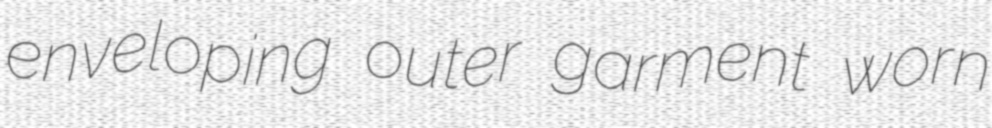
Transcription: enveloping outer garment worn